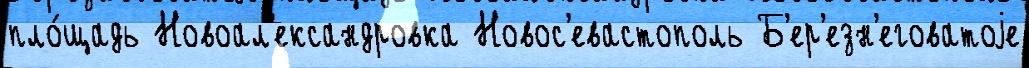
пло́щадь Новоал'ександровка Новос'евастополь Б'ер'езн'еговатоjе